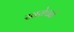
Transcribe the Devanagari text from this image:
खरोचने